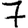
Digit: 7